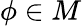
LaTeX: \phi\in M